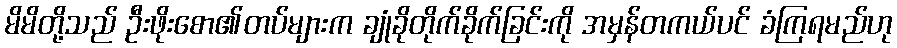
မိမိတို့သည် ဦးဖိုးစော၏တပ်များက ချုံခိုတိုက်ခိုက်ခြင်းကို အမှန်တကယ်ပင် ခံကြရမည်ဟု